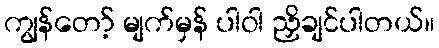
ကျွန်တော့် မျက်မှန် ပါဝါ ညှိချင်ပါတယ်။